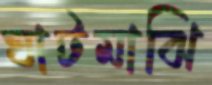
ঘাটমাঝি